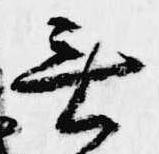
無